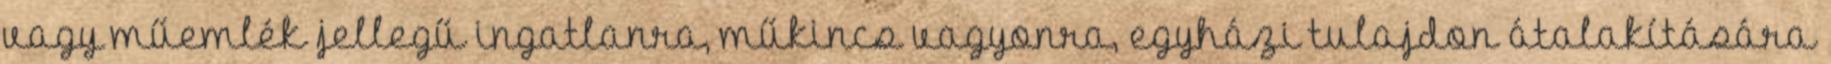
vagy műemlék jellegű ingatlanra, műkincs vagyonra, egyházi tulajdon átalakítására